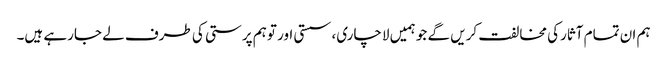
ہم ان تمام آثارکی مخالفت کریں گے جو ہمیں لاچاری، سستی اور توہم پرستی کی طرف لے جارہے ہیں۔